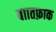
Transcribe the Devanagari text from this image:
बाातफ़ाक